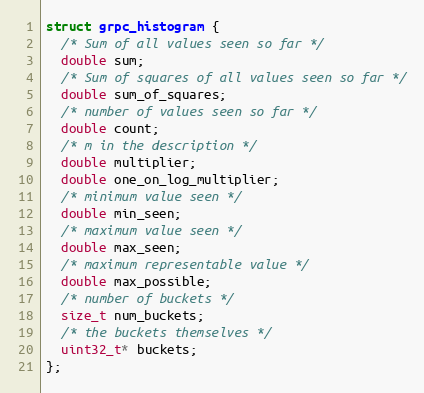
Language: C++
struct grpc_histogram {
  /* Sum of all values seen so far */
  double sum;
  /* Sum of squares of all values seen so far */
  double sum_of_squares;
  /* number of values seen so far */
  double count;
  /* m in the description */
  double multiplier;
  double one_on_log_multiplier;
  /* minimum value seen */
  double min_seen;
  /* maximum value seen */
  double max_seen;
  /* maximum representable value */
  double max_possible;
  /* number of buckets */
  size_t num_buckets;
  /* the buckets themselves */
  uint32_t* buckets;
};